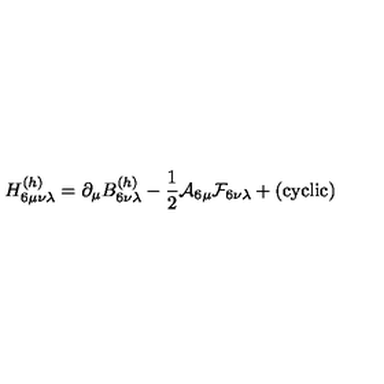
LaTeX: H _ { 6 \mu \nu \lambda } ^ { ( h ) } = \partial _ { \mu } B _ { 6 \nu \lambda } ^ { ( h ) } - { \frac { 1 } { 2 } } { \cal A } _ { 6 \mu } { \cal F } _ { 6 \nu \lambda } + ( \mathrm { c y c l i c } )